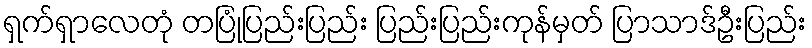
ရှက်ရှာလေတုံ တပြုံပြည်းပြည်း ပြည်းပြည်းကုန်မှတ် ပြာသာဒ်ဦးပြည်း